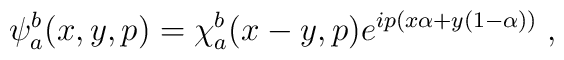
\psi_a^b(x,y,p)=\chi_a^b (x-y,p)e^{ip(x\alpha+y(1-\alpha))}\; ,